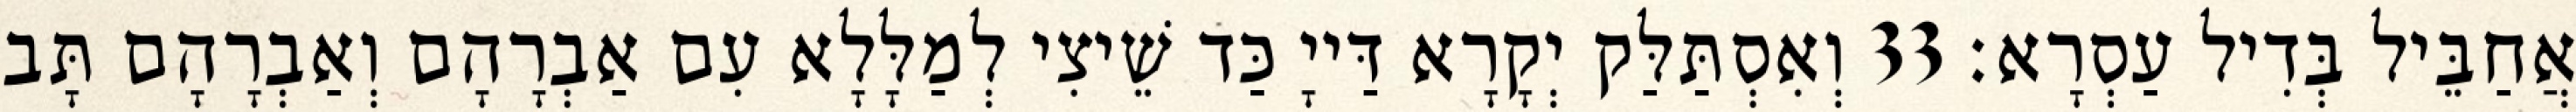
אֲחַבֵּיל בְּדִיל עַסְרָא׃ 33 וְאִסְתַּלַּק יְקָרָא דַּייָ כַּד שֵׁיצִי לְמַלָּלָא עִם אַבְרָהָם וְאַבְרָהָם תָּב